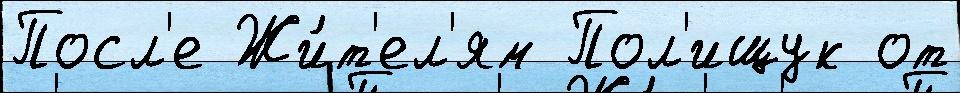
Посл'е Жи́т'ел'ям Пол'ищук от